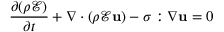
\frac { \partial ( \rho \mathscr { E } ) } { \partial t } + \nabla \cdot ( \rho \mathscr { E } \mathbf { u } ) - \boldsymbol \sigma : \nabla \mathbf { u } = 0